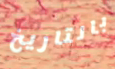
بالتاريخ